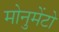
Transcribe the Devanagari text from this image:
मोनुमेंटो